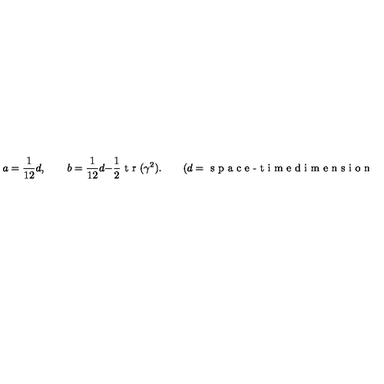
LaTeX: a = \frac { 1 } { 1 2 } d , \qquad b = \frac { 1 } { 1 2 } d - \frac { 1 } { 2 } \textrm { t r } ( \gamma ^ { 2 } ) . \qquad ( d = \textrm { s p a c e - t i m e d i m e n s i o n } )